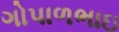
ગોપાળભાઇ